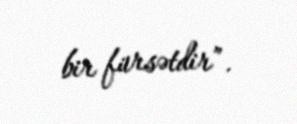
bir fürsətdir”.